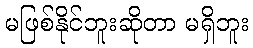
မဖြစ်နိုင်ဘူးဆိုတာ မရှိဘူး